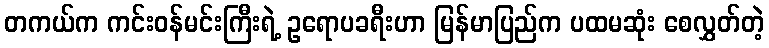
တကယ်က ကင်းဝန်မင်းကြီးရဲ့ ဥရောပခရီးဟာ မြန်မာပြည်က ပထမဆုံး စေလွှတ်တဲ့